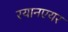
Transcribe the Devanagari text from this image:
रयानएयर